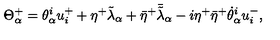
\Theta _ { \alpha } ^ { + } = \theta _ { \alpha } ^ { i } u _ { i } ^ { + } + \eta ^ { + } \tilde { \lambda } _ { \alpha } + { \bar { \eta } } ^ { + } { \bar { \tilde { \lambda } } } _ { \alpha } - i \eta ^ { + } { \bar { \eta } } ^ { + } { \dot { \theta } } _ { \alpha } ^ { i } u _ { i } ^ { - } ,